Vaccination in the Punjab 1883-1896 - 1883-1896
Year: 1883
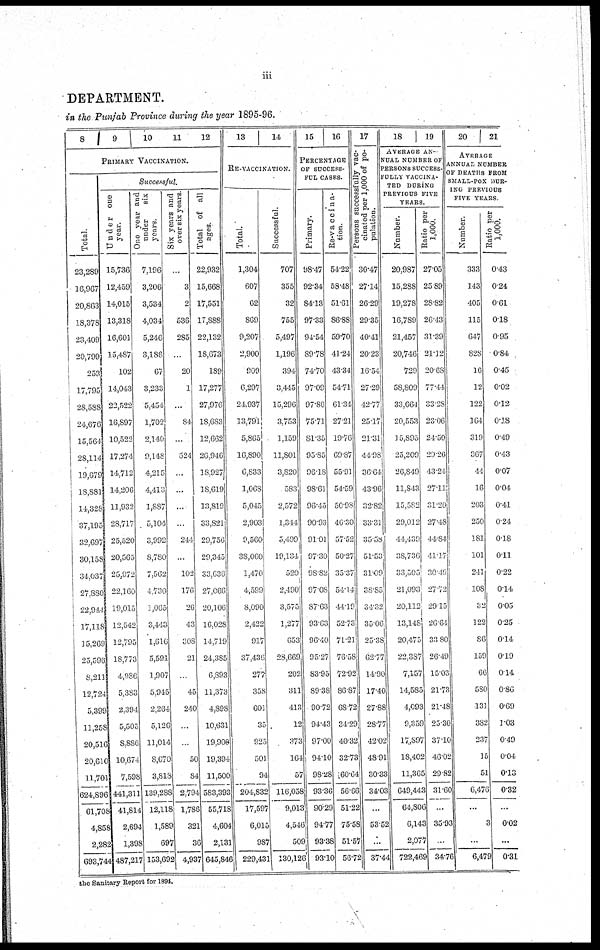
iii
DEPARTMENT.
in the Punjab Province during the year 1895-96.
8
9 10 11 12
PRIMARY VACCINATION.
Total.
23,289
16,967
20,863
18,378
23,409
20,799
233
17,795
28,588
24,6761
15,564
28,114
19,679
18,881
11,328
37,195
32,697
30,158
34,037
27.880
22,944
17,118
15,269
25,596
8,211
12,724
5,399
11,258
20,516
20,610
11,701
624,896
61,708
4,858
2,282
693,744
Successful.
Under one
year.
15,736
12,459
14,015
13,318
16,601
15,487
102
14,043
22,522
16,897
10,522
17,274
14,712
14,206
11,932
28,717
25,520
20,565
25,972
22,160
19,015
12,542
12,795
18,773
4,986
5,383
2,394
5,505
8,886
10,674
7,598
441,311
41,814
2,694
1,398
487,217
One year and
under
six
years.
7,196
3,206
3,534
4,034
5,246
3,186
67
3,233
5,454
1,702
2,140
9,148
4,215
4,413
1,887
5,104
3,992
8,780
7,562
4,730
1,065
3,443
1,616
5,591
1,907
5,945
2,264
3,126
11,014
8,670
3,813
139,288
12,118
1,589
697
133,692
Six years and
over six years
...
3
2
536
285
...
20
1
...
84
...
524
...
...
...
..
244
...
102
176
26
43
308
21
...
45
240
...
..
50
84
2,794
1,786
321
36
4,937
Total of all
ages.
22,932
15,668
17,551
17,888
22,132
18,673
189
17,277
27,976
18,683
12,662
26,946
18,927
18,619
13,819
33,821
29,756
29,315
33,636
27,066
20,106
16,028
14,719
24,385
6,893
11,373
4,898
10,631
19,900
19,394
11,500
583,393
55,718
4,604
2,131
645,846
13
14
RE-VACCINATION.
Total.
1,304
607
62
869
9,207
2,900
909
6,297
24,937
13,791
5,865
16,890
6,833
1,068
5,045
2,903
9,560
38,060
1,470
4,599
8,090
2,422
917
37,436
277
358
601
33
923
501
94
204,832
17,597
6,015
987
229,431
Successful.
707
355
32
755
5,497
1,196
394
3,445
15,296
3,753
1,159
11,801
3,820
583
2,572
1,344
5,499
19,134
520
2,490
3,575
1,277
653
28,669
202
311
413
12
373
164
57
116,058
9,013
4,546
509
130,126
15
16
PERCENTAGE
OF SUCCESS-
--- CASES.
Primary.
98.47
92.34
84.13
97.33
94.54
89.78
74.70
97.09
97.86
75.71
81.35
95.85
96.18
98.61
96.45
90.93
91.01
97.30
98.82
97.08
87.63
93.63
96.40
95.27
83.95
89.38
90.72
94.43
97.00
94.10
98.28
93.36
90.29
94.77
93.38
93.10
Re-vaccina-
tion.
54.22
58.48
51.61
86.88
59.70
41.24
43.34
54.71
61.31
27.21
19.76
69.87
55.91
54.59
50.98
46.30
57.32
50.27
35.37
54.14
44.19
52.73
71.21
76.58
72.92
86.87
68.72
31.29
40.32
32.73
60.64
56.66
51.22
75.58
51.57
56.72
17
Persons successfully vac-
cinated per 1,000 of po-
pulation.
30.47
27.14
26.29
29.35
40.41
20.23
16.54
27.29
42.77
25.17
21.31
41.98
36.64
43.96
32.82
33.31
35.58
51.53
31.09
38.85
34.32
35.06
23.38
62.77
14.90
17.40
27.88
28.77
42.02
48.91
30.33
34.03
...
53.52
...
37.44
18
19
AVERAGE AN-
NUAL NUMBER OF
PERSONS SUCCESS-
FULLY VACCINA-
TED DURING
PREVIOUS FIVE
YEARS.
Number.
20,987
15,288
19,278
16,789
21,457
20,746
729
58,809
33,664
20,553
15,893
25,209
26,840
11,843
13,582
29,042
11,439
38,736
33,505
21,093
20,112
13,148
20,475
22,387
7,157
14,585
4,093
9,359
17,897
18,402
11,365
649,443
64,806
6,143
2,077
722,469
Ratio per
1,000.
27.05
25.89
28.82
26.43
31.39
21.12
20.68
77.44
33.28
23.06
24.50
29.26
43.24
27.11
31.20
27.48
44.84
41.17
30.49
27.72
29.15
26,61
33.80
26.49
15.03
21.73
21.48
25.30
37.10
46.02
29.82
31.60
...
35.93
..
34.76
20
21
AVERAGE
ANNUAL NUMBER
OF DEATHS FROM
SMALL-POX DUR-
--- PREVIOUS
FIVE YEARS.
Number.
333
143
405
115
647
828
16
12
122
164
319
367
44
16
203
250
181
101
241
108
32
122
86
159
66
580
131
382
237
15
51
6,476
...
3
...
6,479
Ratio per
1,000.
0.43
0.24
0.61
0.18
0.95
0.84
0.45
0.02
0.12
0.18
0.49
0.43
0.07
0.04
0.41
0.24
0.18
0.11
0.22
0.14
0.05
0.25
0.14
0.19
0.14
0.86
0.69
1.03
0.49
0.04
0.13
0.32
...
0.02
...
0.31
the Sanitary Report for 1894.